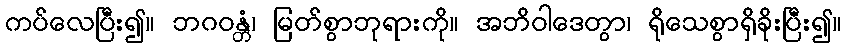
ကပ်လေပြီး၍။ ဘဂဝန္တံ၊ မြတ်စွာဘုရားကို။ အဘိဝါဒေတွာ၊ ရိုသေစွာရှိခိုးပြီး၍။